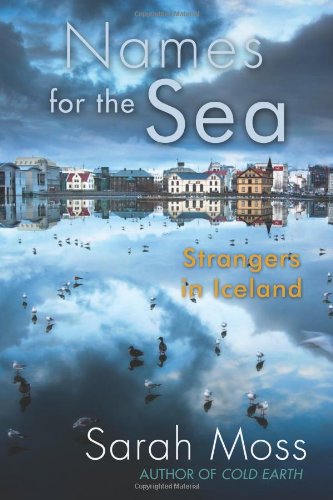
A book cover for Names for the Sea: Strangers in Iceland; Sarah Moss; Travel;